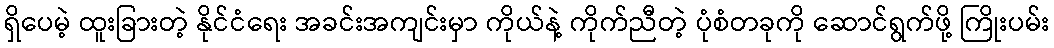
ရှိပေမဲ့ ထူးခြားတဲ့ နိုင်ငံရေး အခင်းအကျင်းမှာ ကိုယ်နဲ့ ကိုက်ညီတဲ့ ပုံစံတခုကို ဆောင်ရွက်ဖို့ ကြိုးပမ်း